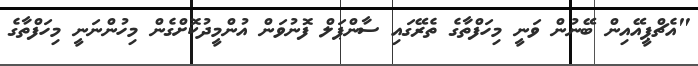
"އެޗްޕީއޭއިން ބޭނުން ވަނީ މިހަފްތާގެ ތެރޭގައި ސާންޕަލް ފޮނުވަން އުންމީދުކޮށްގެން މިހުންނަނީ މިހަފްތާގެ